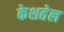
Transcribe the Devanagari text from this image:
केशतेल